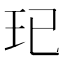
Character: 𤣱